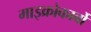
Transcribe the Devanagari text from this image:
माइक्रोकार्बो